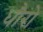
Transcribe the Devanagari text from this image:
धौरो